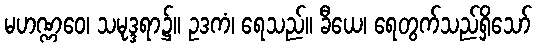
မဟဏ္ဏဝေ၊ သမုဒ္ဒရာ၌။ ဥဒကံ၊ ရေသည်။ ခီယေ၊ ရေတွက်သည်ရှိသော်